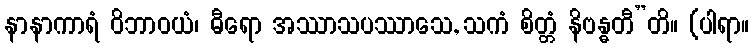
နာနာကာရံ ဝိဘာဝယံ၊ ဓီရော အဿာသပဿာသေ, သကံ စိတ္တံ နိဗန္ဓတီ”တိ။ (ပါရာ။